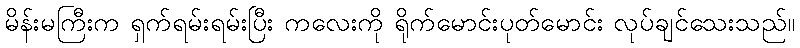
မိန်းမကြီးက ရှက်ရမ်းရမ်းပြီး ကလေးကို ရိုက်မောင်းပုတ်မောင်း လုပ်ချင်သေးသည်။